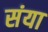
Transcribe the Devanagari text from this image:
संया